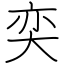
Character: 奕